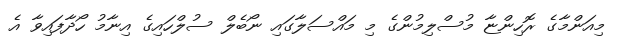
މިއަންމާގެ ރޮހިންޏާ މުސްލިމުންގެ މި މައްސަލާގައި ނޯބެލް ސުލްހައިގެ އިނާމު ހޯދާފައިވާ އެ